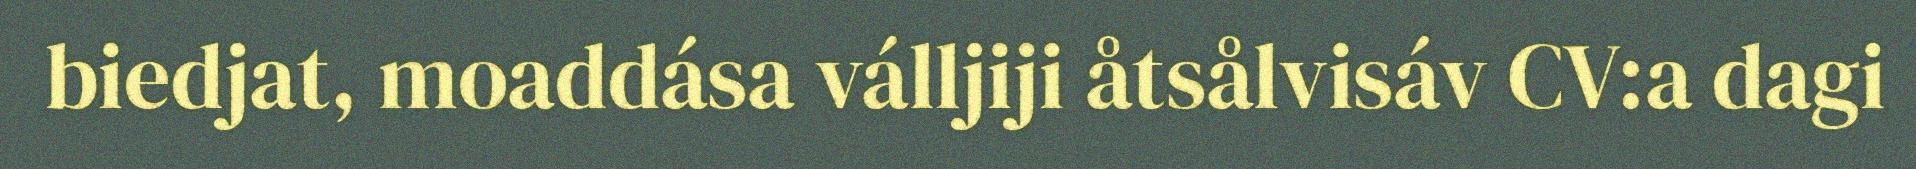
biedjat, moaddása válljiji åtsålvisáv CV:a dagi